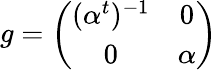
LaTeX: g=\left(\begin{array}{cc}{{(\alpha^{t})^{-1}}}&{{0}}\\ {{0}}&{{\alpha}}\end{array}\right)